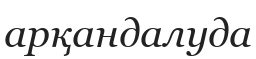
арқандалуда